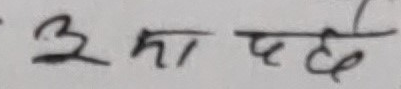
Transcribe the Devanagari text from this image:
३ मा घट्‌छ